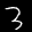
Label: 3